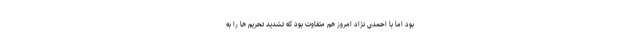
بود اما با احمدی نژاد امروز هم متفاوت بود که تشدید تحریم ها را به